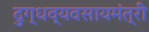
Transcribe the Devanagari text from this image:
दुग्धव्यवसायमंत्री